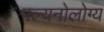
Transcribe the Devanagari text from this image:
पल्यनोलोग्य